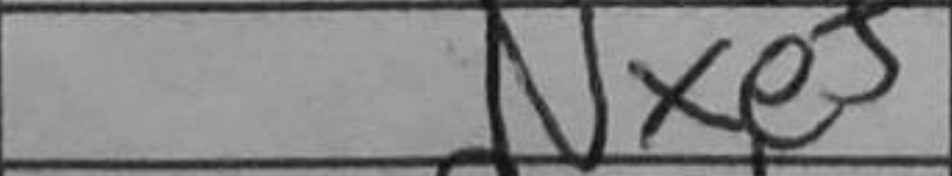
Transcription: Nxe5